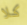
كلا